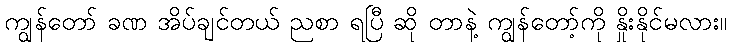
ကျွန်တော် ခဏ အိပ်ချင်တယ် ညစာ ရပြီ ဆို တာနဲ့ ကျွန်တော့်ကို နှိုးနိုင်မလား။